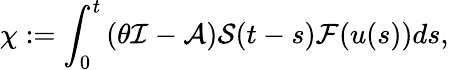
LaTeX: \displaystyle\chi:=\int_{0}^{t}\left(\theta\mathcal{I}-\mathcal{A}\right)\mathcal{S}(t-s)\mathcal{F}(u(s))ds,